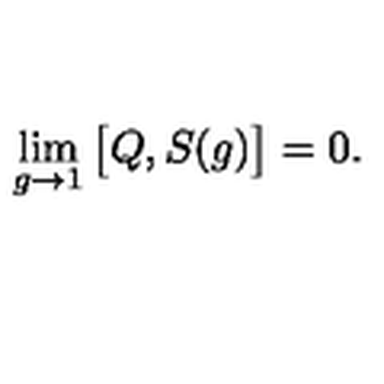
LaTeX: \lim _ { g \to 1 } \big [ Q , S ( g ) \big ] = 0 .